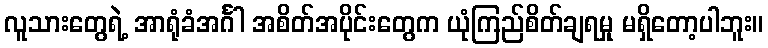
လူသားတွေရဲ့ အာရုံခံအင်္ဂါ အစိတ်အပိုင်းတွေက ယုံကြည်စိတ်ချရမှု မရှိတော့ပါဘူး။